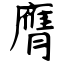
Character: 膺